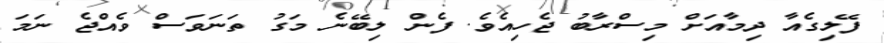
ފޭލިގެއާ ދިމާއަށް މިސްރާބު ޖެހިއެވެ. ފެން ލިބޭނެ މަގު ތަނަވަސް ވެއްޖެ ނަމަ